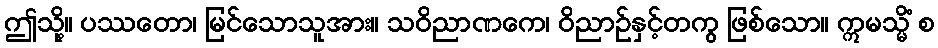
ဤသို့။ ပဿတော၊ မြင်သောသူအား။ သဝိညာဏကေ၊ ဝိညာဉ်နှင့်တကွ ဖြစ်သော။ ဣမသ္မိံ စ